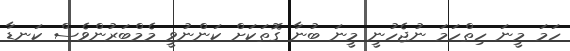
ހަމަ މީނަ ހިތްހަމަ ނުޖެހުނީ މީނަ ބުނާ ގޮތަކަށް ކަންނުވީ މެމްބަރުންވެސް ކަނޑާ